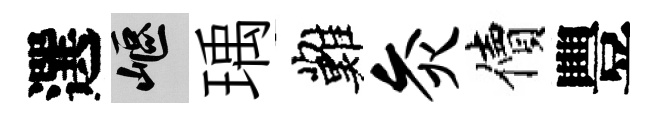
選嶇瑀難灸價豐